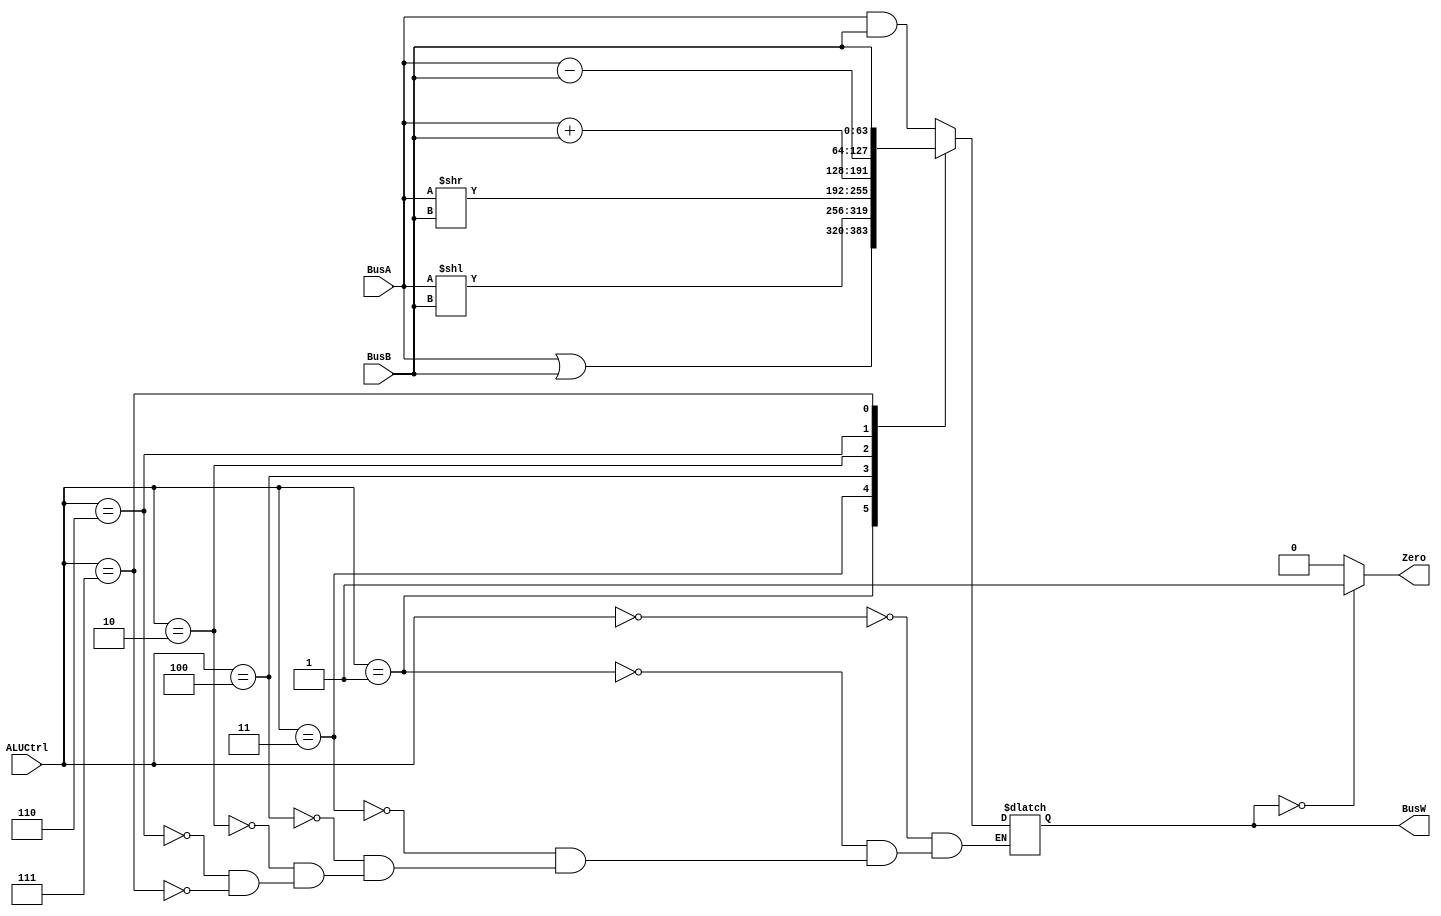
`define AND   4'b0000
`define OR    4'b0001
`define ADD   4'b0010
`define LSL   4'b0011
`define LSR   4'b0100
`define SUB   4'b0110
`define PassB 4'b0111


module ALU(BusW, BusA, BusB, ALUCtrl, Zero);
    
    parameter n = 64;

    output  [n-1:0] BusW;
    input   [n-1:0] BusA, BusB;
    input   [3:0] ALUCtrl;
    output  Zero;
    
    reg     [n-1:0] BusW;

    
    always @(ALUCtrl or BusA or BusB) begin
        case(ALUCtrl)
            `AND: begin
                BusW <= #20 BusA & BusB;
            end
            `OR: begin
                BusW <= #20 BusA | BusB;
            end
            `LSL: begin
                BusW <= #20 BusA << BusB;
            end
            `LSR: begin
                BusW <= #20 BusA >> BusB;
            end
            `ADD: begin
                BusW <= #20 BusA + BusB;
            end
            `SUB: begin
                BusW <= #20 BusA - BusB;
            end
            `PassB: begin
                BusW <= #20 BusB;
            end
        endcase
    end
      
    reg other;
    assign #1 Zero = other;
    
    always @(BusW) begin
      if(BusW==0)begin
        other = 1'b1;
      end
      else begin
        other = 1'b0;
      end
    end

    
endmodule